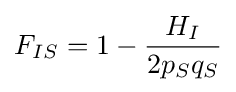
F_{IS}=1-{\frac {H_{I}}{2p_{S}q_{S}}}